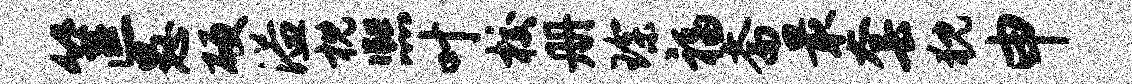
筐愚硬溢枕熙叶校册琛福斋最套猊申